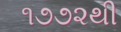
૧૭૭૨થી